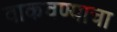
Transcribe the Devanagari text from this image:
वाकवण्याचा